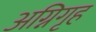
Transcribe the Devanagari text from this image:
अग्निगृह